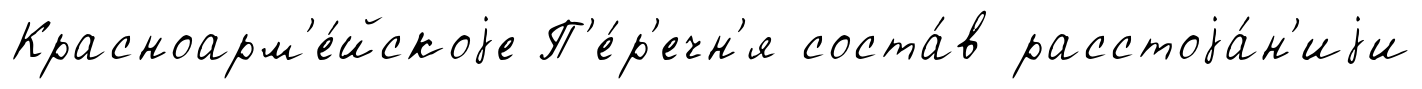
Красноарм'е́йскоjе П'е́р'ечн'я соста́в расстоjа́н'иjи